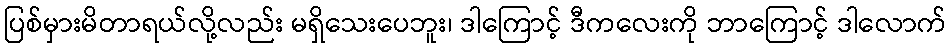
ပြစ်မှားမိတာရယ်လို့လည်း မရှိသေးပေဘူး၊ ဒါကြောင့် ဒီကလေးကို ဘာကြောင့် ဒါလောက်